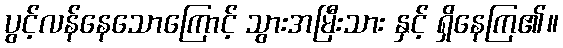
ပွင့်လန်နေသောကြောင့် သွားအမြီးသား နှင့် ရှိနေကြ၏။